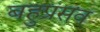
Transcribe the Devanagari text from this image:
बहुप्रसव